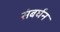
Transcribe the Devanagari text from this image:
संबर्घन